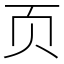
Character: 页